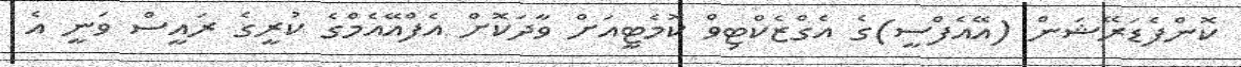
ކޮންފެޑަރޭޝަން (އޭއެފްސީ)ގެ އެގްޒެކްޓިވް ކޮމެޓީއަށް ވާދަކޮށް އެފްއޭއެމްގެ ކުރީގެ ރައީސް ވަނީ އެ